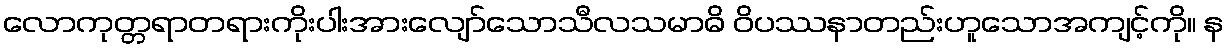
လောကုတ္တရာတရားကိုးပါးအားလျော်သောသီလသမာဓိ ဝိပဿနာတည်းဟူသောအကျင့်ကို။ န